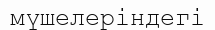
мүшелеріндегі